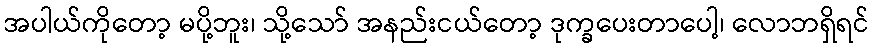
အပါယ်ကိုတော့ မပို့ဘူး၊ သို့သော် အနည်းငယ်တော့ ဒုက္ခပေးတာပေါ့၊ လောဘရှိရင်